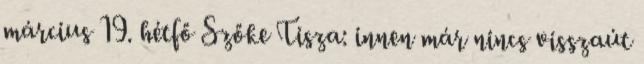
március 19. hétfő Szőke Tisza: innen már nincs visszaút